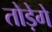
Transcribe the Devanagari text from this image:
तोड़ेगे